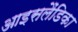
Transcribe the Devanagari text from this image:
आइसलैंडिका